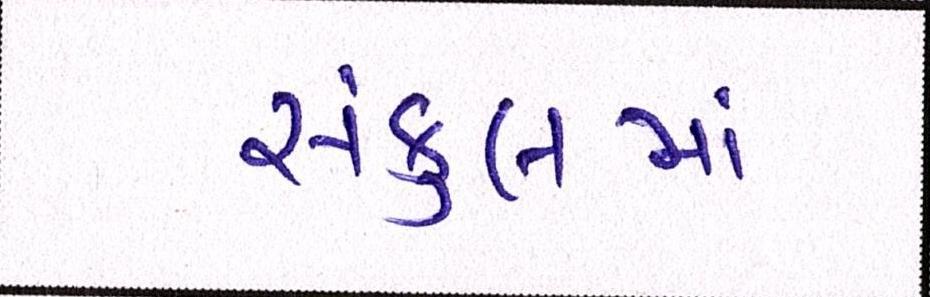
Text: સંકુલમાં